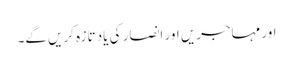
اور مہاجریں اور انصار کی یاد تازہ کریں گے۔